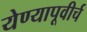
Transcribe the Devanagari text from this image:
येण्यापूवीर्च